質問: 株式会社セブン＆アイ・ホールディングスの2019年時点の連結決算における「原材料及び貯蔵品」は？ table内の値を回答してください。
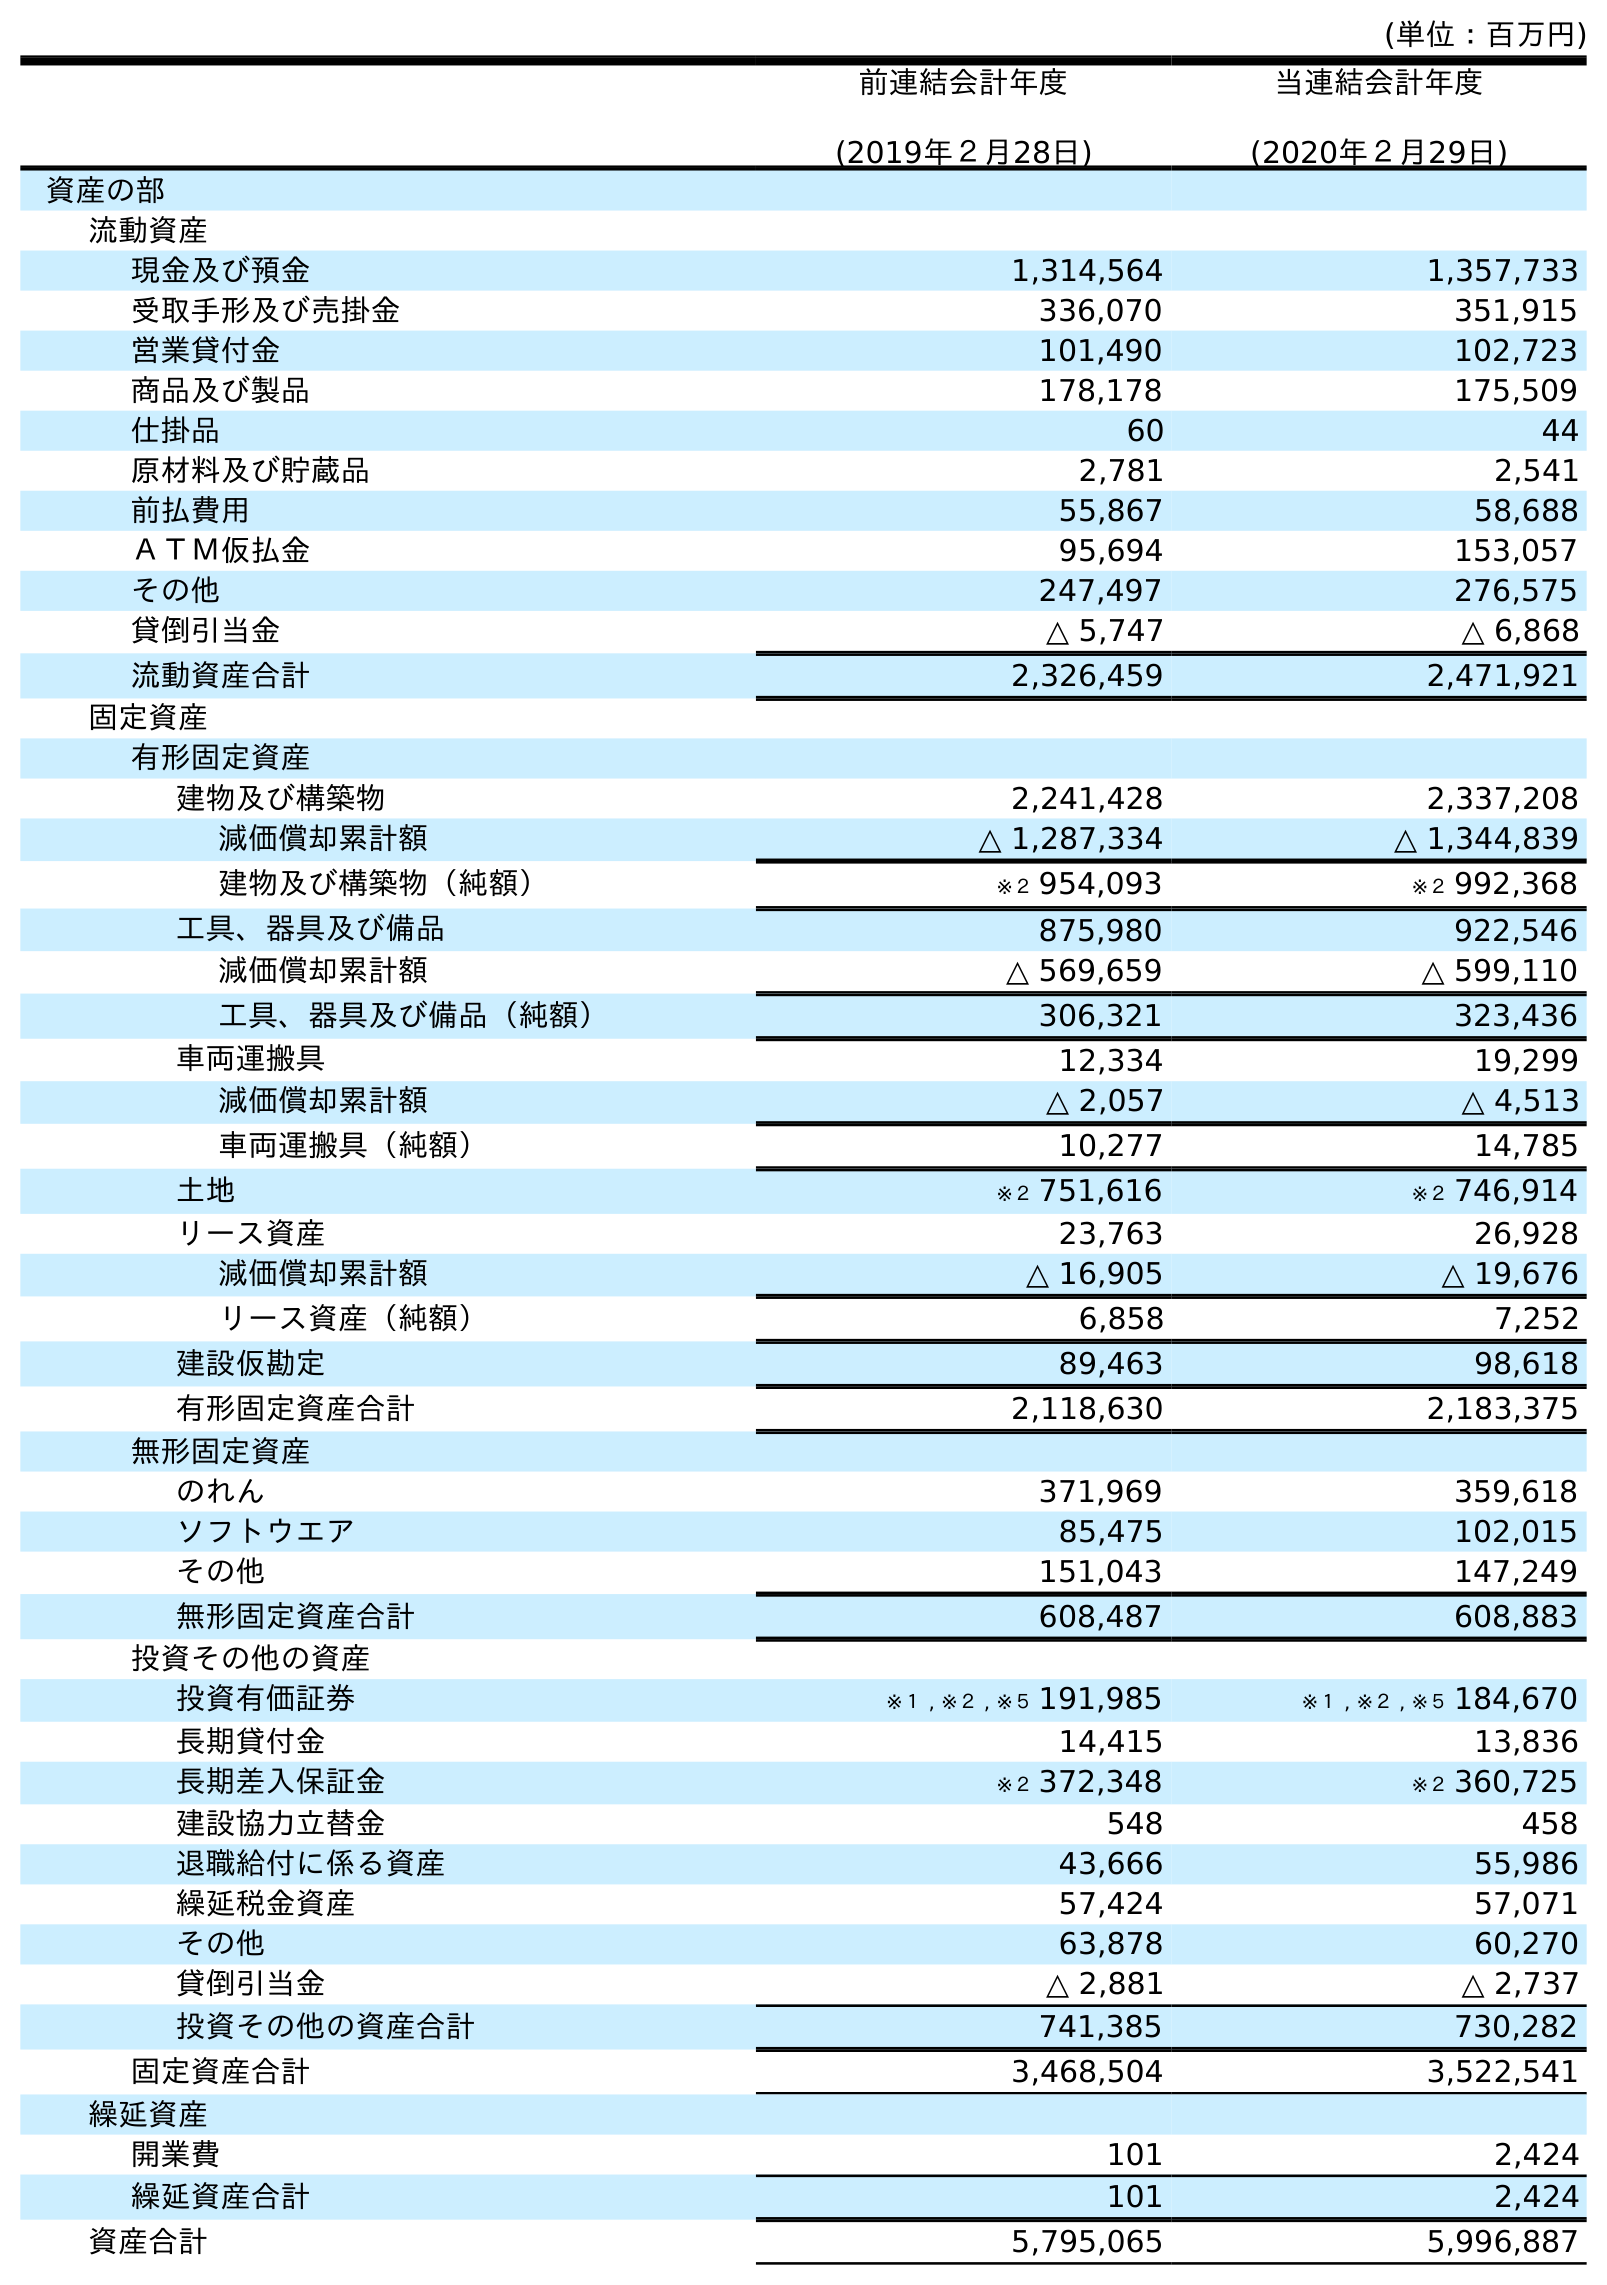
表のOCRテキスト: (単位：百万円) 前連結会計年度 (2019年２月28日) 当連結会計年度 (2020年２月29日) 資産の部 流動資産 現金及び預金 1,314,564 1,357,733 受取手形及び売掛金 336,070 351,915 営業貸付金 101,490 102,723 商品及び製品 178,178 175,509 仕掛品 60 44 原材料及び貯蔵品 2,781 2,541 前払費用 55,867 58,688 ＡＴＭ仮払金 95,694 153,057 その他 247,497 276,575 貸倒引当金 △ 5,747 △ 6,868 流動資産合計 2,326,459 2,471,921 固定資産 有形固定資産 建物及び構築物 2,241,428 2,337,208 減価償却累計額 △ 1,287,334 △ 1,344,839 建物及び構築物（純額） ※２ 954,093 ※２ 992,368 工具、器具及び備品 875,980 922,546 減価償却累計額 △ 569,659 △ 599,110 工具、器具及び備品（純額） 306,321 323,436 車両運搬具 12,334 19,299 減価償却累計額 △ 2,057 △ 4,513 車両運搬具（純額） 10,277 14,785 土地 ※２ 751,616 ※２ 746,914 リース資産 23,763 26,928 減価償却累計額 △ 16,905 △ 19,676 リース資産（純額） 6,858 7,252 建設仮勘定 89,463 98,618 有形固定資産合計 2,118,630 2,183,375 無形固定資産 のれん 371,969 359,618 ソフトウエア 85,475 102,015 その他 151,043 147,249 無形固定資産合計 608,487 608,883 投資その他の資産 投資有価証券 ※１ , ※２ , ※５ 191,985 ※１ , ※２ , ※５ 184,670 長期貸付金 14,415 13,836 長期差入保証金 ※２ 372,348 ※２ 360,725 建設協力立替金 548 458 退職給付に係る資産 43,666 55,986 繰延税金資産 57,424 57,071 その他 63,878 60,270 貸倒引当金 △ 2,881 △ 2,737 投資その他の資産合計 741,385 730,282 固定資産合計 3,468,504 3,522,541 繰延資産 開業費 101 2,424 繰延資産合計 101 2,424 資産合計 5,795,065 5,996,887
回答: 2,781